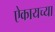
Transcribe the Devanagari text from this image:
ऐकायच्या